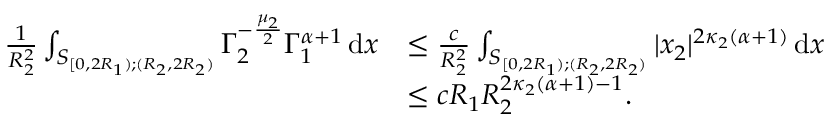
\begin{array} { r l } { \frac { 1 } { R _ { 2 } ^ { 2 } } \int _ { S _ { [ 0 , 2 R _ { 1 } ) ; ( R _ { 2 } , 2 R _ { 2 } ) } } \Gamma _ { 2 } ^ { - \frac { \mu _ { 2 } } { 2 } } \Gamma _ { 1 } ^ { \alpha + 1 } \, \mathrm { d } x } & { \leq \frac { c } { R _ { 2 } ^ { 2 } } \int _ { S _ { [ 0 , 2 R _ { 1 } ) ; ( R _ { 2 } , 2 R _ { 2 } ) } } | x _ { 2 } | ^ { 2 \kappa _ { 2 } ( \alpha + 1 ) } \, \mathrm { d } x } \\ & { \leq c R _ { 1 } R _ { 2 } ^ { 2 \kappa _ { 2 } ( \alpha + 1 ) - 1 } . } \end{array}